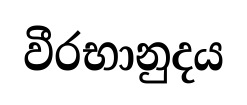
වීරභානුදය